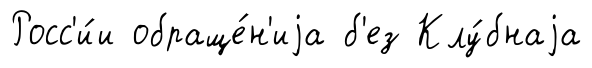
Росс'и́и обраще́н'иjа б'ез Клу́бнаjа